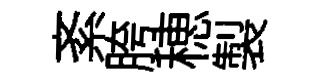
紊胯穂製